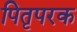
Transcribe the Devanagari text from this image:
पितृपरक